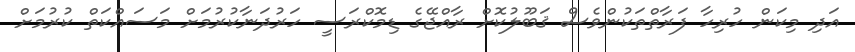
އަދި މިކަން ހުރިހާ ފަރާތްތަކުންވެސް ޤަބޫލުކޮށް ރާއްޖޭގެ ޑިމޮކްރަސީ ހަރުދަނާކުރުމަށް މަސައްކަތް ކުރުމަށް